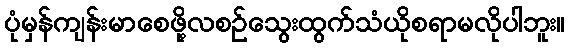
ပုံမှန်ကျန်းမာစေဖို့လစဉ်သွေးထွက်သံယိုစရာမလိုပါဘူး။